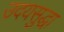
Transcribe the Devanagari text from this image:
उदयसुद्धा